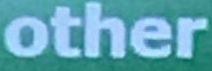
other